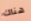
هناك